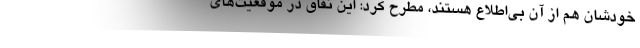
خودشان هم از آن بی‌اطلاع هستند، مطرح کرد: این نفاق در موقعیت‌های